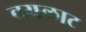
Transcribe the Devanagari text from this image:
वयलाट